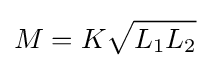
M=K{\sqrt {L_{1}L_{2}}}